system: You are a helpful assistant.
user:
Analyze the provided spectrum to determine if it is a **M-type Giant (gM)**.

A M-type Giant spectrum is defined by its **strong molecular absorption** features, particularly from **Titanium Oxide (TiO)**. You must check for one of the following mutually exclusive signatures:

- **Key Visual Indicators (Absorption-Dominated Spectrum):**

    - **(Primary):** The spectrum is dominated by strong molecular absorption from **Titanium Oxide (TiO)**. This is the **defining feature** of its M-type temperature class.
        - **(Key Bandheads):** Look for sharp, "saw-tooth" absorption valleys. The strongest are located near **~7050 Å**, **~6160 Å**, and **~5170 Å**.
        - **(Line Profile):** The "saw-tooth" morphology is critical: a **sharp, steep drop on the BLUE (short-wavelength) side** of the bandhead, followed by a gradual recovery (rising flux) towards the RED (long-wavelength) side.

    - **(Key Confirmation - Giant vs. Dwarf):** **ABSENCE** of strong **Calcium Hydride (CaH)** molecular bands. This is the primary diagnostic for *excluding* M-dwarfs.
        - **(Key Region):** The spectrum should lack the strong, broad absorption band seen in dwarfs between **~6800 Å and ~7000 Å**.

    - **(Secondary Confirmation - Giant):** A very strong and broad **Neutral Calcium (Ca I)** atomic absorption line.
        - **(Key Line):** Located at **~4226 Å**. In a giant (gM), this line is significantly deeper and broader than the same line in an M-dwarf (dM) due to low surface gravity.

    - **(Overall Spectrum):**
        - The continuum is **extremely red-sloping** (i.e., flux is very low in the blue and rises dramatically towards the red).
        - The entire spectrum appears "chopped up" by the deep TiO bands.

Think first, call **spectral_visualization_tool** if needed to examine features in detail, then provide your final answer. Your response must adhere to the following strict rules:
1.  **Overall Structure:** Your response must follow the format `<think>...</think> <tool_call>...</tool_call> (if a tool is used) <answer>...</answer>`.
2.  **Tool Usage Constraint:** You may only make **one** tool call per turn.
3.  **Final Answer Format:** In the `<answer>` tag, your conclusion must be inside a `\boxed{}` command (e.g., `\boxed{YES}` or `\boxed{NO}`), followed by your justification.

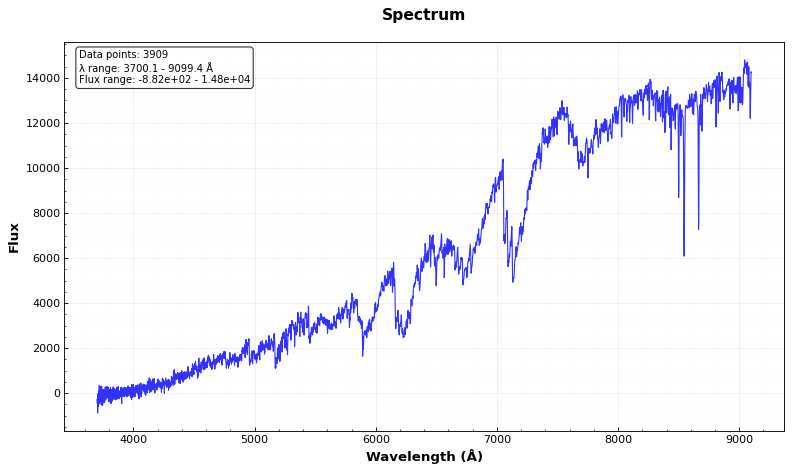
Answer: YES